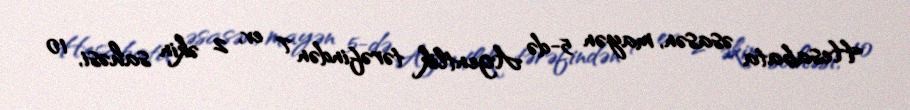
Hesabata əsasən, mayən 5-də Agentlik tərəfindən 7 ev, 2 əkin sahəsi, 10